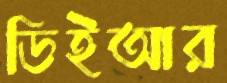
ডিইআর